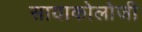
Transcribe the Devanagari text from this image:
सायाकोलोजी